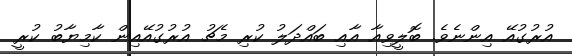
އުރުގުއޭ އިންނެވެ. ބޮލީވިއާ އާއި ބައްދަލު ކުރި މެޗު އުރުގުއޭއިން ކާމިޔާބު ކުރީ